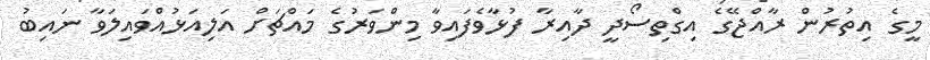
މީގެ އިތުރުން ރާއްޖޭގެ އިގްތިސޯދީ ދާއިރާ ފުޅާވެފައިވާ މިންވަރުގެ މައްޗަށް އަލިއަޅުއްވައިލަވާ ނައިބު